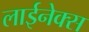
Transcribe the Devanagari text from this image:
लाईनेक्स